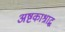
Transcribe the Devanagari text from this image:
अष्टकाश्राद्ध